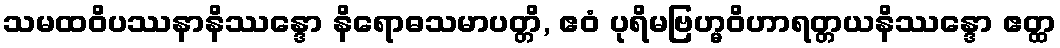
သမထဝိပဿနာနိဿန္ဒော နိရောဓသမာပတ္တိ, ဧဝံ ပုရိမဗြဟ္မဝိဟာရတ္တယနိဿန္ဒော ဧတ္ထ